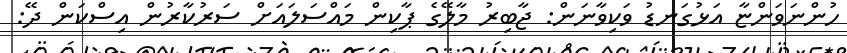
ހުންނަވަންޏާ އަޅުގަނޑު ވަކިވާނަން: ޖާބިރު މާލޭގެ ޕާކިން މައްސަލައަށް ސަރުކާރުން އިސްކަން ދޭ: